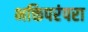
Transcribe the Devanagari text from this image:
भक्तिपरंपरा